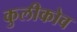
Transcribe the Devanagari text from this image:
कुलीकोव